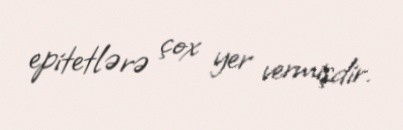
epitetlərə çox yer vermişdir.